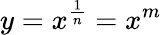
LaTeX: y=x^{\frac{1}{n}}=x^{m}